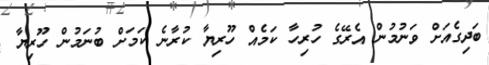
ބަދިގެއަށް ވަނުމުން އެރޭގެ ހުރިހާ ކަމެއް ހޫރިޔާ ކުރާނެ ކަމަށް ބުނަމުން ހޫރިޔާ